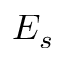
E _ { s }